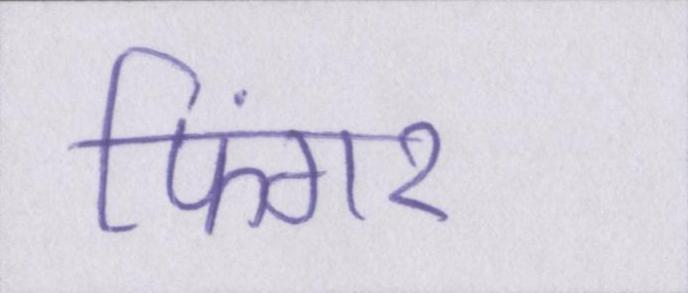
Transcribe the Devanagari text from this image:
फिंगर